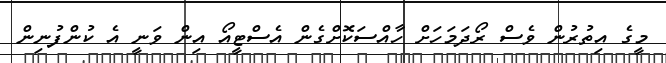
މީގެ އިތުރުން ވެސް ރޯދަމަހަށް ހާއްސަކޮށްގެން އެސްޓީއޯ އިން ވަނީ އެ ކުންފުނިން